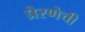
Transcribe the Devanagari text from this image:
प्रेरणेची